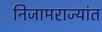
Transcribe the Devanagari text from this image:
निजामराज्यांत